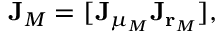
\mathbf { J } _ { M } = [ \mathbf { J } _ { \mu _ { M } } \mathbf { J } _ { \mathbf { r } _ { M } } ] ,